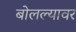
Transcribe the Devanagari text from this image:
बोलल्यावर